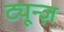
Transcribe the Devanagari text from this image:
ट्यून्ज़